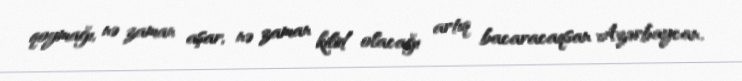
qoymağı, nə zaman aşar, nə zaman kilid olacağı artıq bacaracaqsan Azərbaycan.